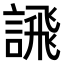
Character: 𫍄